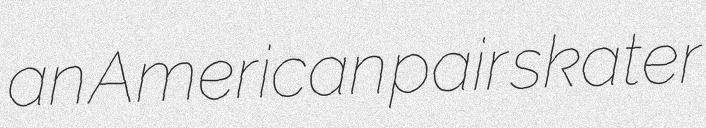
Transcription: an American pair skater